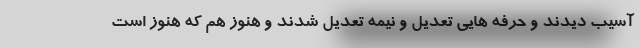
آسیب دیدند و حرفه هایی تعدیل و نیمه تعدیل شدند و هنوز هم که هنوز است